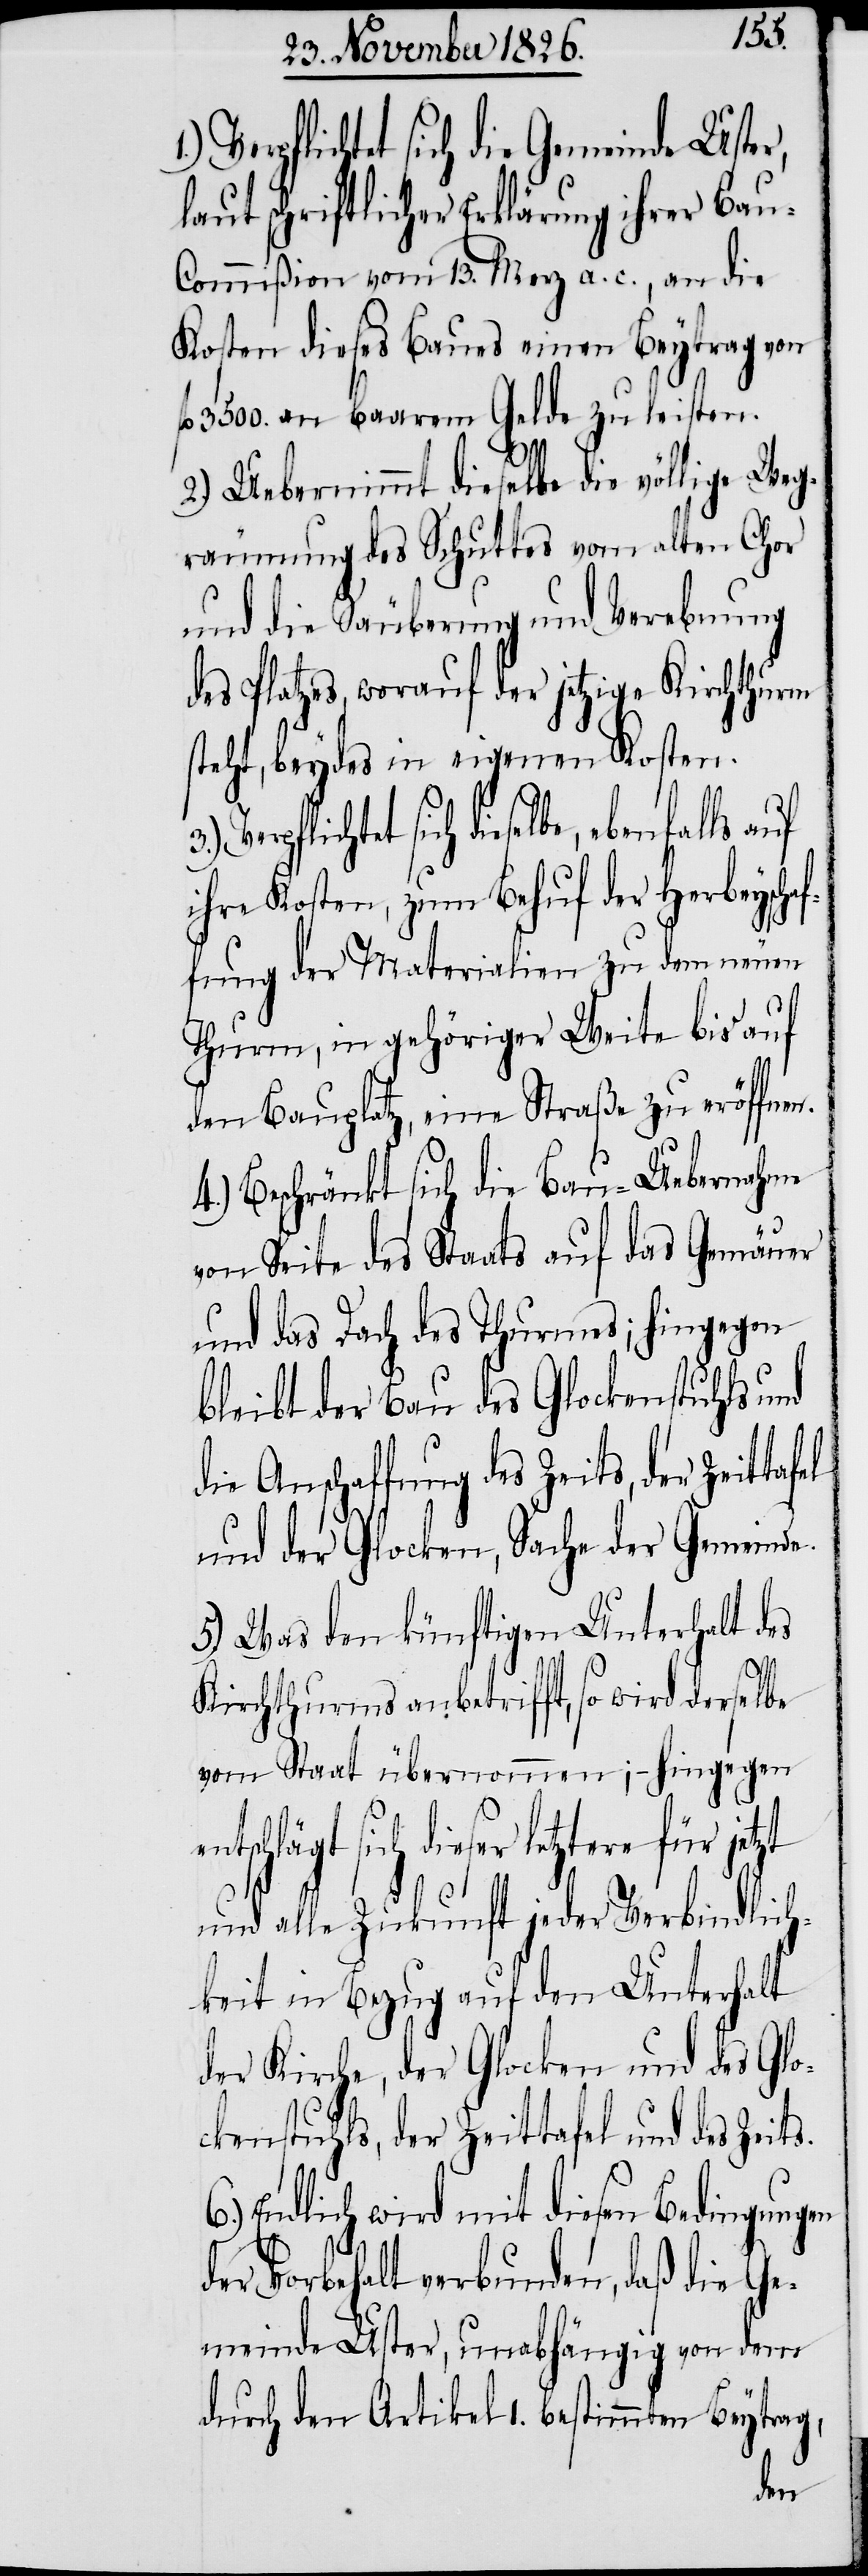
1.)
Verpflichtet sich die Gemeinde Uster,
laut schriftlicher Erklärung ihrer Bau-C¬
ommißion vom 13. Merz a. c., an die
Kosten dieses Baues einen Beytrag von
3500. an baarem Gelde zu leisten.
2.) Uebernimmt dieselbe die völlige Weg¬
räumung des Schuttes vom alten Chor
und die Säuberung und Verebnung
des Platzes, worauf der jetzige Kirchthurm
steht, beydes in eigenen Kosten.
entschlägt sich dieser letztere
ihre Kosten, zum Behuf der Herbeyschaf¬
fung der Materialien zu dem neuen
Thurm, in gehöriger Weite bis auf
den Bauplatz, eine Straße zu eröffnen.
4.) Beschränkt sich die Bau-Uebernahme
von Seite des Staats auf das Gemäuer
und das Dach des Thurmes; hingegen
bleibt der Bau des Glockenstuhls und
die Anschaffung des Zeits, der
und der Glocken, Sache der Gemeinde.
5.) Was den künftigen Unterhalt des
Kirchthurms anbetrifft, so wird derselbe
vom Staat übernommen; – hingegen
und alle Zukunft jeder Verbindlich¬
keit in Bezug auf den Unterhalt
der Kirche, der Glocken und des Glo¬
ckenstuhls, der Zeittafel und des
Endlich wird mit diesen Bedingungen
der Vorbehalt verbunden, daß die Ge¬
meinde Uster, unabhängig von dem
durch den Artikel 1. bestimmten Beytrag,